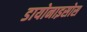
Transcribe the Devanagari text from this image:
डायोनाइसोस